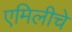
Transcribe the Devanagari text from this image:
एमिलीचे